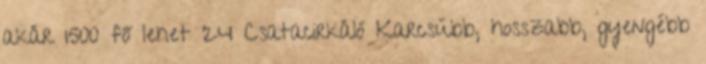
akár 1500 fő lehet 24 Csatacirkáló Karcsúbb, hosszabb, gyengébb